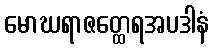
မောဃရာဇတ္ထေရအပဒါနံ